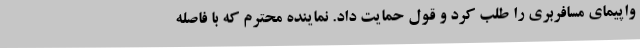
واپیمای مسافربری را طلب کرد و قول حمایت داد. نماینده محترم که با فاصله